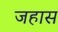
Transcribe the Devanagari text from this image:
जहास